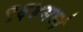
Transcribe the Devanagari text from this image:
९६४मध्ये